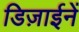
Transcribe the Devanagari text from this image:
डिज़ाईनें